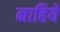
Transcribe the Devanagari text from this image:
नाहिये